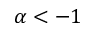
\alpha < - 1